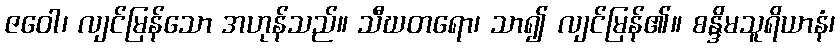
ဇဝေါ၊ လျင်မြန်သော အဟုန်သည်။ သီဃတရော၊ သာ၍ လျင်မြန်၏။ စန္ဒိမသူရိယာနံ၊